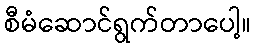
စီမံဆောင်ရွက်တာပေါ့။